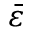
\bar { \varepsilon }